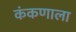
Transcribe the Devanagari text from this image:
कंकणाला